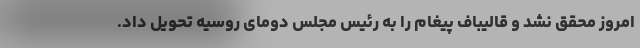
امروز محقق نشد و قالیباف پیغام را به رئیس مجلس دومای روسیه تحویل داد.